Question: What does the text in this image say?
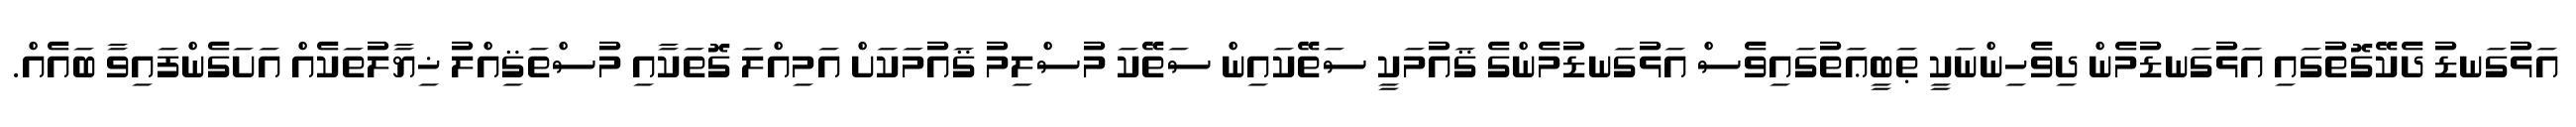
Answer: އަޅުގަނޑު ދެކޭގޮތުގައި އަޅުގަނޑުމެން ދިވެހިންނަކީ ޠަބީޢަތުގައިވެސް އަޅުގަނޑުމެންގެ ޤައުމަކީ ސަތޭކައިން ސަތޭކަ މުސްލިމު ޤައުމަކަށް އަމިއްލަ ގޮތަކާއި މުސްތަޤިއްލު ޚިޔާލުތަކެއް އަށަގެންފައިވާ ބައެއް.